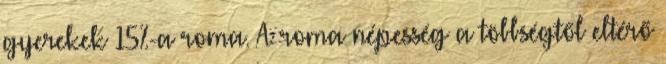
gyerekek 15%-a roma. A roma népesség a többségtől eltérő